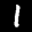
Label: 1